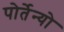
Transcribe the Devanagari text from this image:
पोर्तेन्यो